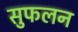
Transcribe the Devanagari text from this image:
सुफलन